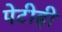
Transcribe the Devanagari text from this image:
पेटीही